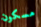
مسكون